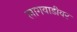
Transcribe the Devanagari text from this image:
लागवाडीवर